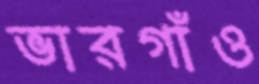
ভারগাঁও